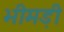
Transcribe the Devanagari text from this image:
भीमड़ी